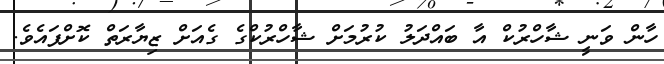
ހާން ވަނީ ޝާހްރުކް އާ ބައްދަލު ކުރުމަށް ޝާހްރުކްގެ ގެއަށް ޒިޔާރަތް ކޮށްފައެވެ.